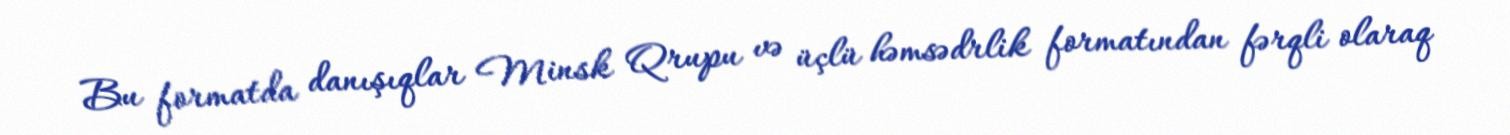
Bu formatda danışıqlar Minsk Qrupu və üçlü həmsədrlik formatından fərqli olaraq